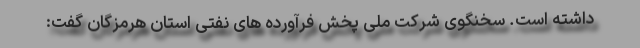
داشته است. سخنگوی شرکت ملی پخش فرآورده های نفتی استان هرمزگان گفت: